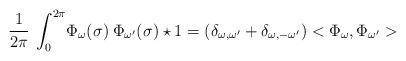
LaTeX: \begin{align*}\frac{1}{2\pi}\:\int_0^{2\pi}\!\Phi_\omega(\sigma)\:\Phi_{\omega^\prime}(\sigma) \star 1 = (\delta_{\omega , \omega^\prime} + \delta_{\omega , -\omega^\prime}) <\Phi_\omega,\Phi_{\omega^\prime}>\end{align*}